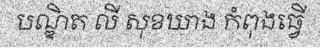
បណ្ឌិត លី សុខឃាង កំពុងធ្វើ